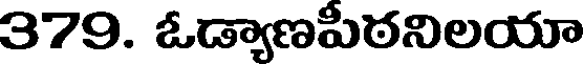
379. ఓడ్యాణపీఠనిలయా